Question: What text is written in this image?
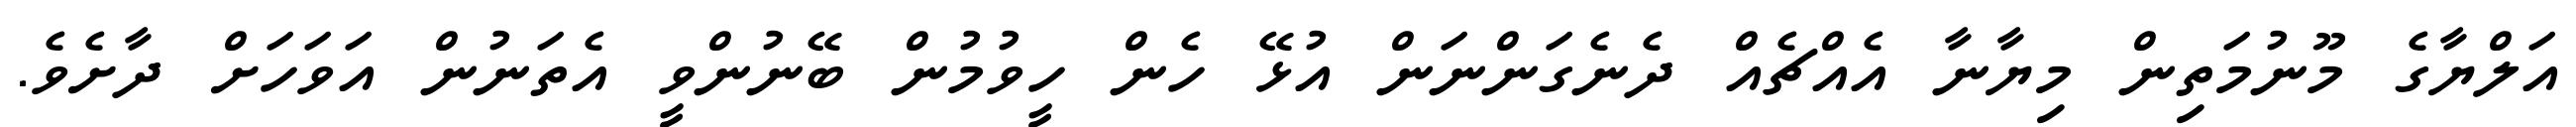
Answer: އަލްޔާގެ މޫނުމަތިން މިޔާނާ އެއްޗެއް ދެނެގަންނަން އުޅޭ ހެން ހީވުމުން ބޭނުންވީ އެތަނުން އަވަހަށް ދާށެވެ.